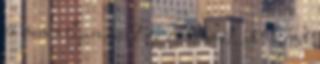
és nem olyan mint az előtt volt. stb. Több